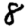
Digit: 8